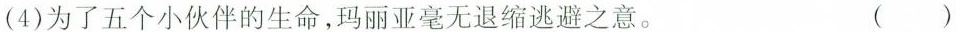
(4)为了五个小伙伴的生命，玛丽亚毫无退缩逃避之意。 ( )